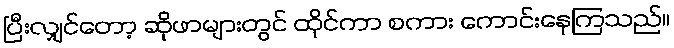
ပြီးလျှင်တော့ ဆိုဖာများတွင် ထိုင်ကာ စကား ကောင်းနေကြသည်။